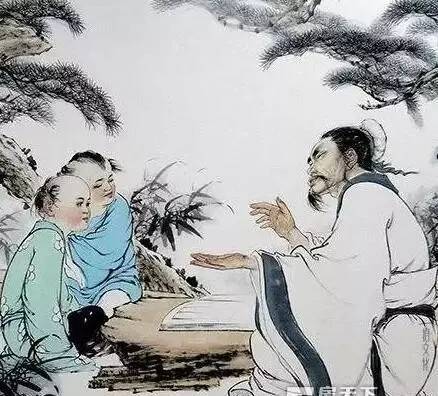
声无小而不闻，行无隐而不形。